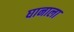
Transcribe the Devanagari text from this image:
घानाला